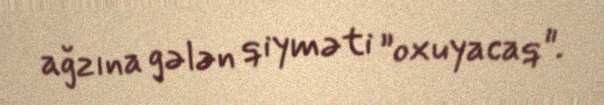
ağzına gələn qiyməti ”oxuyacaq".